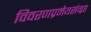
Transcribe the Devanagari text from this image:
विवरणप्रमेयसंग्रह